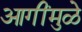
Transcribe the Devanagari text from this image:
आगींमुळे